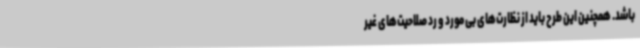
باشد. همچنین این طرح باید از نظارت‌های بی مورد و رد صلاحیت‌های غیر